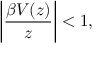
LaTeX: \bigg \vert \frac { \beta V ( z ) } { z } \bigg \vert < 1 ,